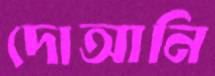
দোআনি